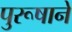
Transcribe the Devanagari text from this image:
पुरूषाने